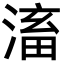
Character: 滀